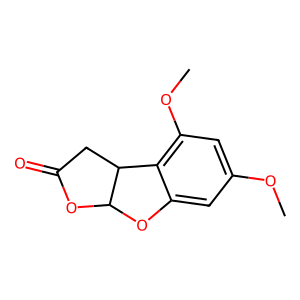
SMILES: COc1cc(OC)c2c(c1)OC1OC(=O)CC21
Inhibits HIV replication: No